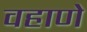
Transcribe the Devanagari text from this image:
वहाणे